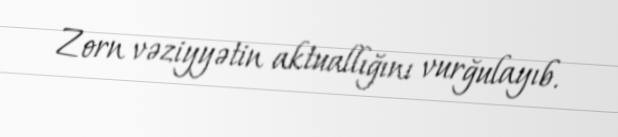
Zorn vəziyyətin aktuallığını vurğulayıb.